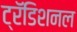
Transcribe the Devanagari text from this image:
ट्रॅडिशनल